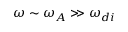
\omega \sim \omega _ { A } \gg \omega _ { d i }